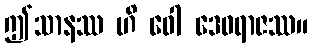
ဤသာနဿ ဟိ ဝေါ ဒေဝရာဇဿ။